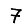
Digit: 7